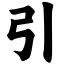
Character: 引